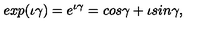
e x p ( \iota \gamma ) = e ^ { \iota \gamma } = c o s \gamma + \iota s i n \gamma ,